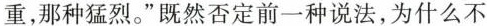
重，那种猛烈。”既然否定前一种说法，为什么不